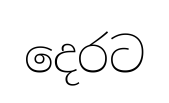
දෙරට